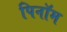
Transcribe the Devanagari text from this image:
पिनॉम